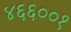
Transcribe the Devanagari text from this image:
४६६००१